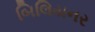
બિલિયનર